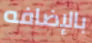
بالإضافه